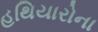
હથિયારોના